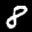
Label: 8